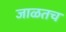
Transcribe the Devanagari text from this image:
जाळतच